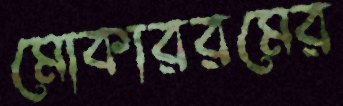
মোকাররমের